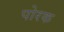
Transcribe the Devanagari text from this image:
पोरक